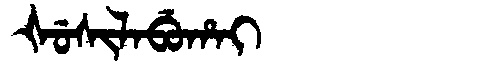
Manchu: ᡧᡠᠰᡳᠯᠠᠪᡠᡥᠠᡳ
Romanization: ŠUSILABUHAI